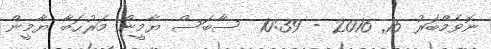
ނޮވެމްބަރު 15